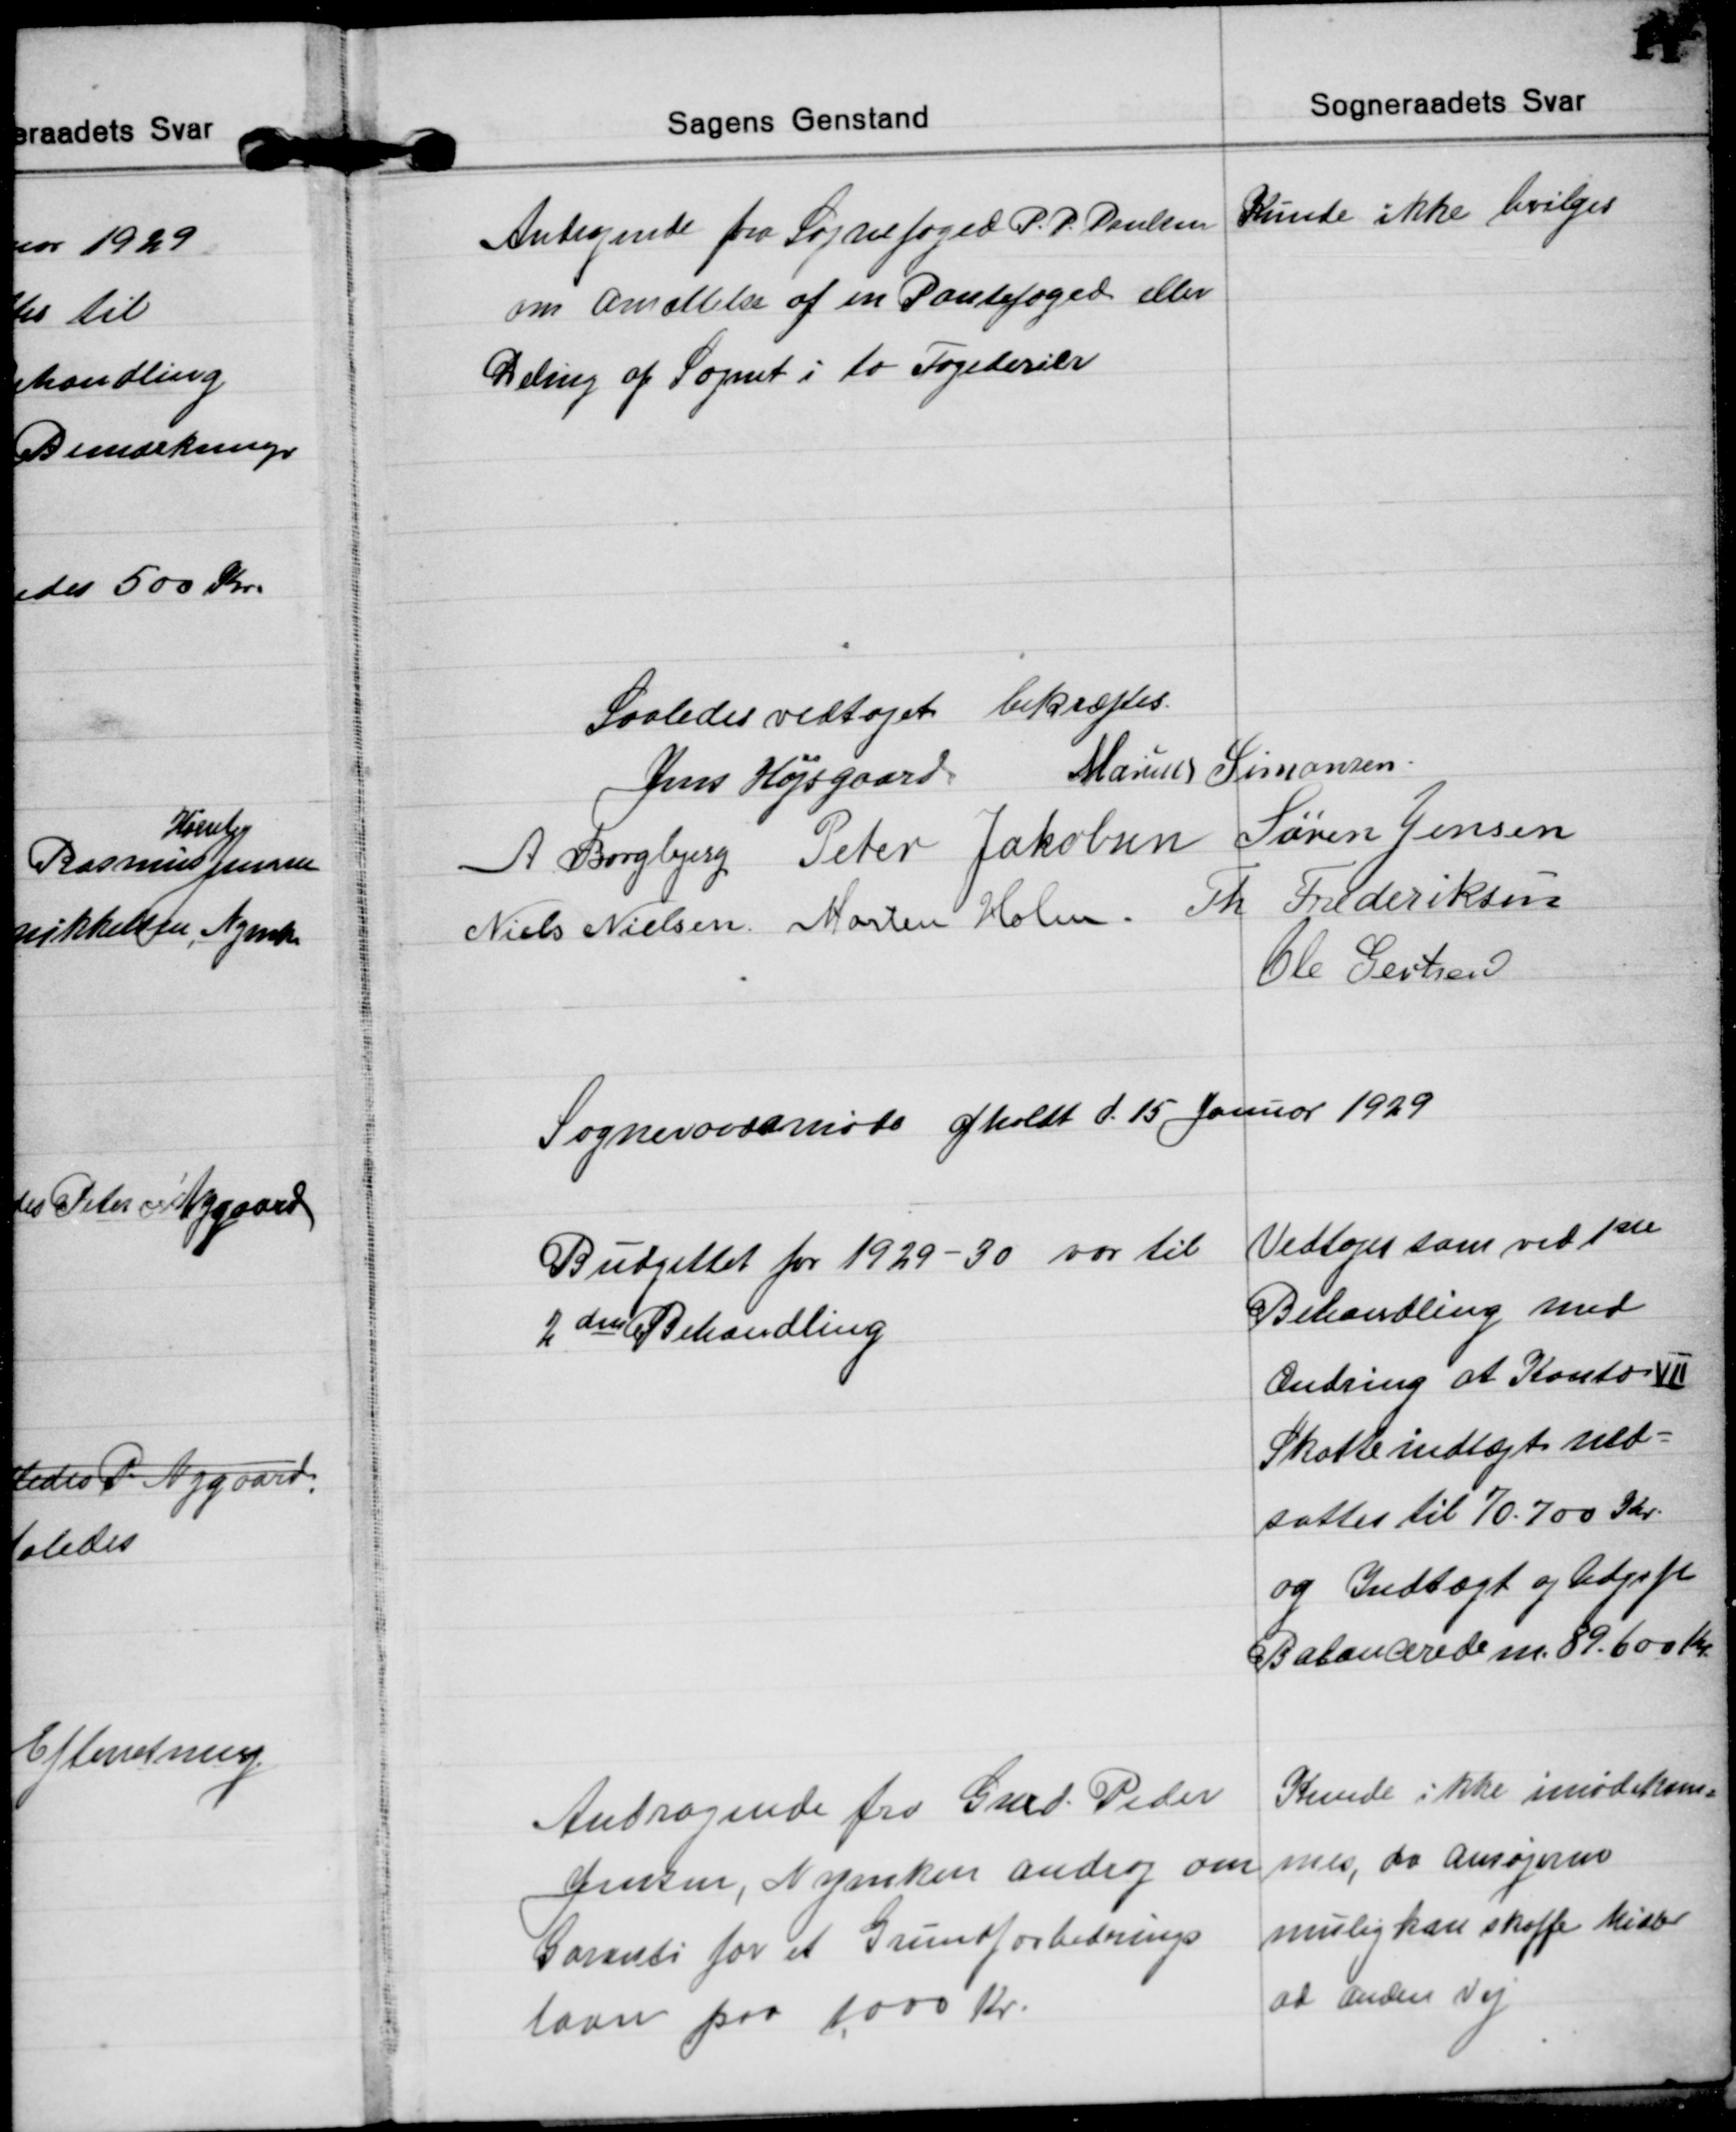
Transskription:
Andragende fra Sognefoged P. P. Poulsen
om ansættelse af en Pantefoged eller
Deling af Sognet i to Fogederier
Kunde ikke bevilges

Saaledes vedtaget bekræftes.
Jens Højsgaard 
Marius Simonsen
A Borgbjerg Peter Jakobsen Søren Jensen
Niels Nielsen Morten Holm. Th Frederiksen
Ole Gertsen

Sogneraadsmøde afholdt d. 15 Januar 1929

Budgettet for 1929-30 var til
2 den Behandling
Vedtoges som ved 1ste
Behandling med
Ændring at Konto VII
Skatteindtægt ned=
sattes til 70.700 Kr.
og Indtægt og Udgift
Balancerede m. 89.600 Kr

Andragende fra Gmd. Peder
Jensen, Nymarken androg om
Garanti for et Grundforbedrings
laan paa 1,000 Kr.
Kunde ikke imødekom=
mes, da ansøgeren
mulig kan skaffe Midler
ad anden Vej